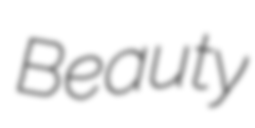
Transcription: Beauty